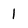
Character: 1